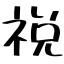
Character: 祱